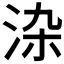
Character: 𭰏